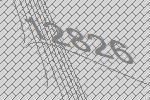
12826